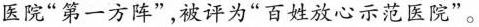
医院 ” 第一方阵 ” ，被评为 ” 百姓放心示范医院 ” 。